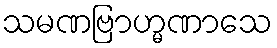
သမဏဗြာဟ္မဏာသေ